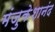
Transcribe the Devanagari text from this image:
मंजुकेशानंद